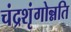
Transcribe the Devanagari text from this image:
चंद्रशृंगोन्नति